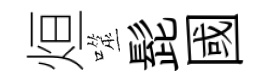
烜噬髭國